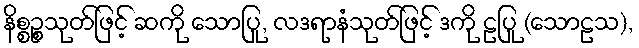
နိစ္စဉ္စသုတ်ဖြင့် ဆကို သောပြု, လဒရာနံသုတ်ဖြင့် ဒကို ဠပြု (သောဠသ),